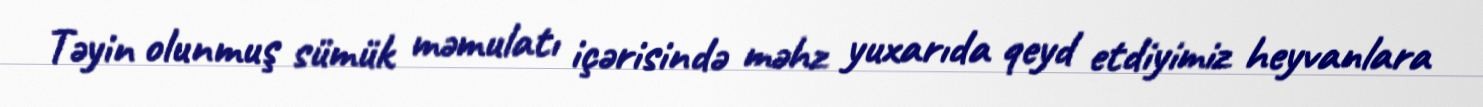
Təyin olunmuş sümük məmulatı içərisində məhz yuxarıda qeyd etdiyimiz heyvanlara